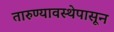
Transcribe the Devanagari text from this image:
तारुण्यावस्थेपासून